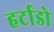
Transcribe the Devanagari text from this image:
हर्टाडो